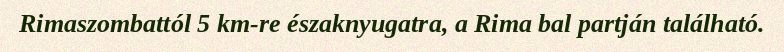
Rimaszombattól 5 km-re északnyugatra, a Rima bal partján található.